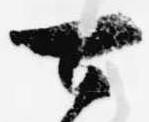
可